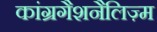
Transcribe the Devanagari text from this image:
कांग्रगैशनैलिज़्म